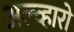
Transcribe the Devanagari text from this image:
अल्व्हारो